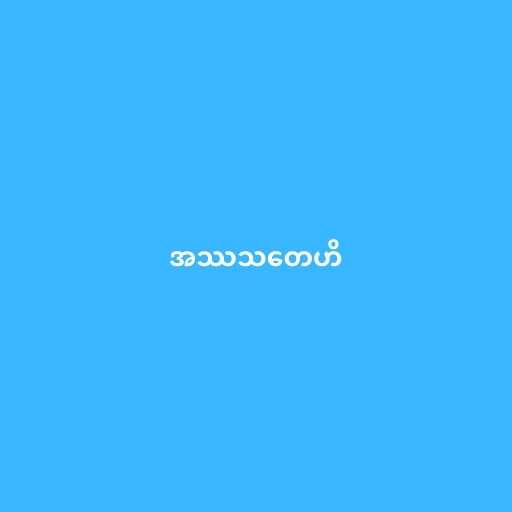
အဿသတေဟိ